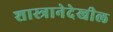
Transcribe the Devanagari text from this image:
शास्त्रानेदेखील